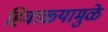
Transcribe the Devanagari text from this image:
हिवाळ्यामुळे